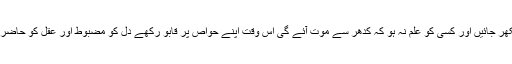
( 2 ) جب جنگ شروع ہو جائیں اور صفیں بکھر جائیں اور کسی کو علم نہ ہو کہ کدھر سے موت آئے گی اس وقت اپنے حواص پر قابو رکھے دل کو مضبوط اور عقل کو حاضر رکھے اور بد حواسی میں مبتلا نہ ہو جائے ۔